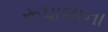
રૂપાલાના